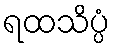
ရထသိပ္ပံ